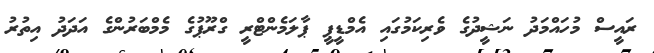
ރައީސް މުހައްމަދު ނަޝީދުގެ ވެރިކަމުގައި އެމްޑީޕީ ޕާލަމެންޓްރީ ގްރޫޕުގެ މެމްބަރުންގެ އަދަދު އިތުރު